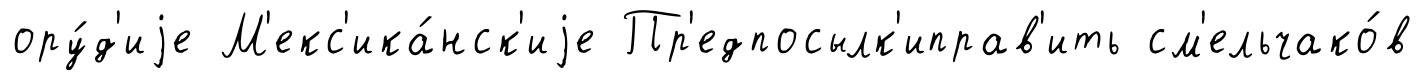
ору́д'иjе М'екс'ика́нск'иjе Пр'едпосылк'иправ'ить см'ельчако́в